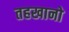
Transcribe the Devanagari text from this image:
तहखानो